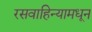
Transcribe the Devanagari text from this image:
रसवाहिन्यामधून